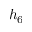
h _ { 6 }